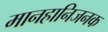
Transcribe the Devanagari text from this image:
मानहानिजनक